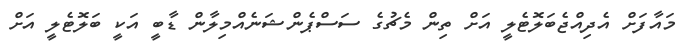
މައާފަށް އެދިއްޖެބަލޮޓެލީ އަށް ތިން މެޗުގެ ސަސްޕެންޝަނެއްމިލާން ޑާބީ އަކީ ބަލޮޓެލީ އަށް